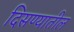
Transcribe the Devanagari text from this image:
दिसण्यातील